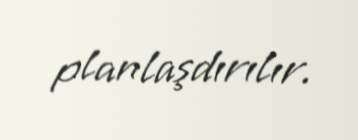
planlaşdırılır.